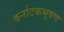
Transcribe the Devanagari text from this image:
कर्नाटकभूषण